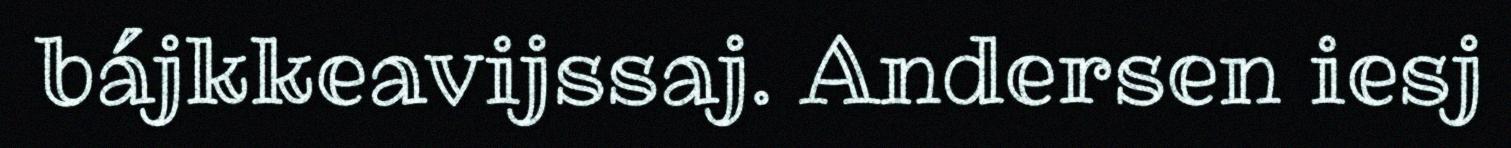
bájkkeavijssaj. Andersen iesj